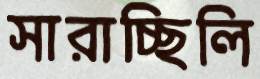
সারাচ্ছিলি